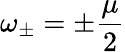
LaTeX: \omega_{\pm}=\pm\frac{\mu}{2}